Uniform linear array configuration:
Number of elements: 32
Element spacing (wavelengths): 0.5
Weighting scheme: hamming
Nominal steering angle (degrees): -15
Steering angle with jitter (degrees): -16.669
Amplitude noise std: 0.05
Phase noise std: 0.05

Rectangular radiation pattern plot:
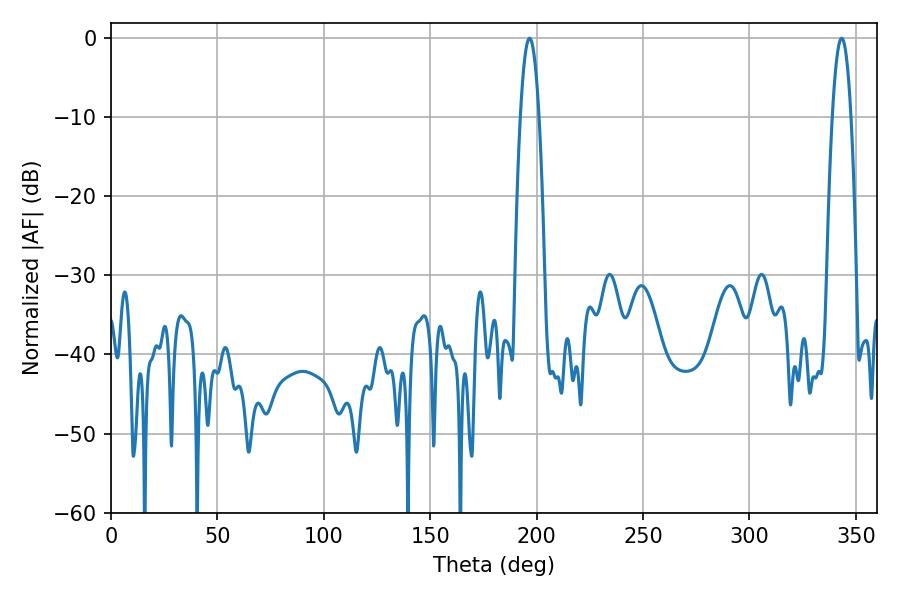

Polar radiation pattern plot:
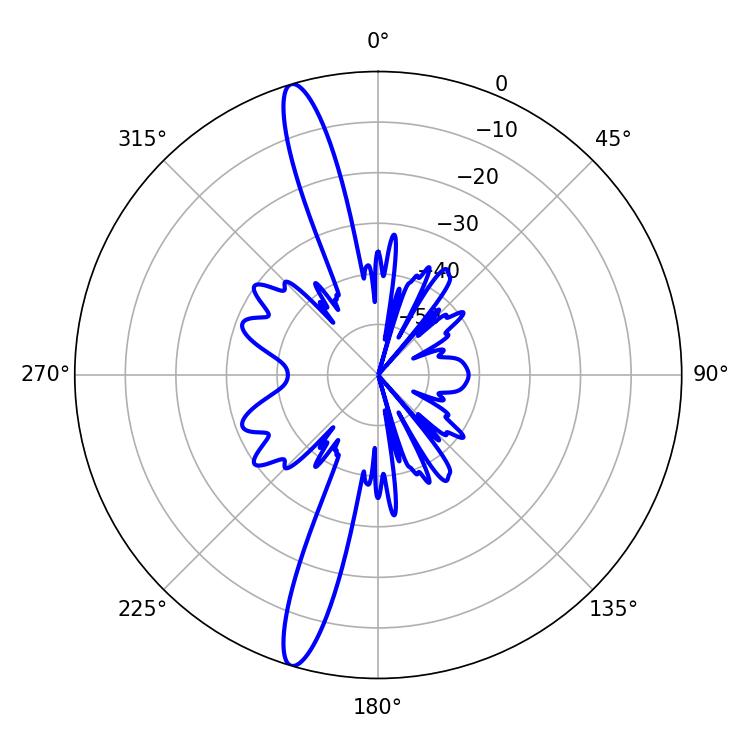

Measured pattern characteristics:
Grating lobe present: FALSE
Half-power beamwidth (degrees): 4.86
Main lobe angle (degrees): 196.74